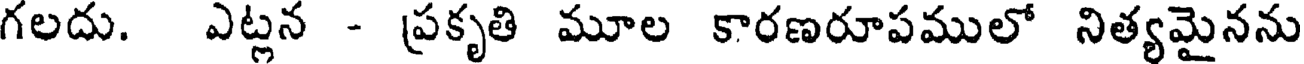
గలదు. ఎట్లన - ప్రకృతి మూల కారణరూపములో నిత్యమైనను